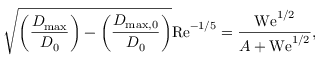
\sqrt { { \left( \frac { D _ { \mathrm { m a x } } } { D _ { 0 } } \right) } - { { \left( \frac { D _ { \mathrm { m a x , 0 } } } { D _ { 0 } } \right) } } } \mathrm { R e } ^ { - 1 / 5 } = \frac { \mathrm { W e } ^ { 1 / 2 } } { A + \mathrm { W e } ^ { 1 / 2 } } ,